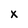
Character: x